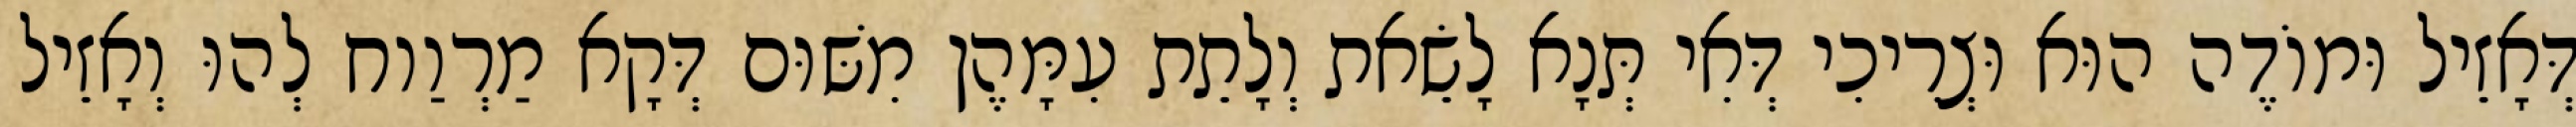
דְּאָזֵיל וּמוֹדֶה הוּא וּצְרִיכִי דְּאִי תְּנָא לָשֵׂאת וְלָתֵת עִמָּהֶן מִשּׁוּם דְּקָא מַרְוַוח לְהוּ וְאָזֵיל